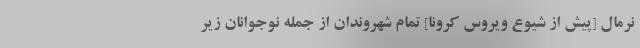
نرمال [پیش از شیوع ویروس کرونا] تمام شهروندان از جمله نوجوانان زیر